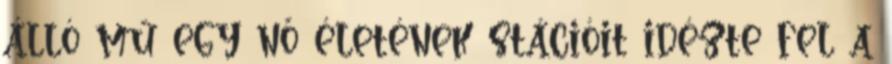
álló mű egy nő életének stációit idézte fel a